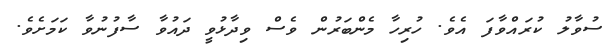
ސުވާލު ކުރައްވާފަ އެވެ. ހުރިހާ މެންބަރުން ވެސް ވިދާޅުވީ ދައުވާ ސާފުނުވާ ކަމަށެވެ.